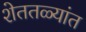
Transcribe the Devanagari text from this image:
शेततळ्यांत